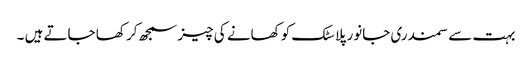
بہت سے سمندری جانور پلاسٹک کو کھانے کی چیز سمجھ کر کھا جاتے ہیں ۔